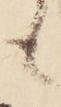
も